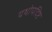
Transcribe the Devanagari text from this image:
यथोपदिष्ट